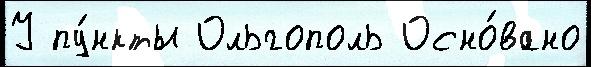
У пу́нкты Ольгополь Осно́вано